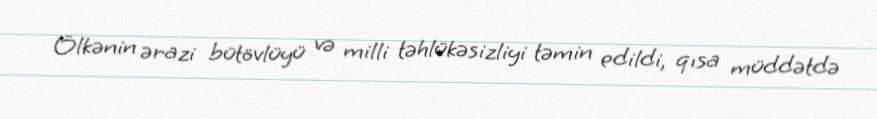
Ölkənin ərazi bütövlüyü və milli təhlükəsizliyi təmin edildi, qısa müddətdə